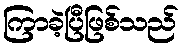
ကြာခဲ့ပြီဖြစ်သည်